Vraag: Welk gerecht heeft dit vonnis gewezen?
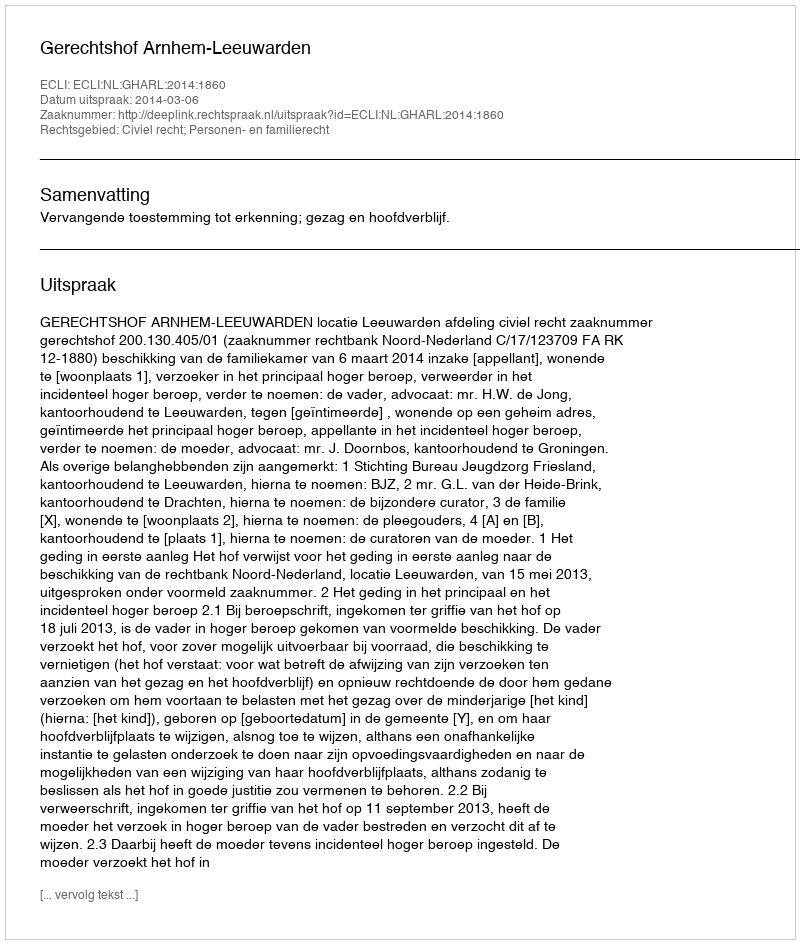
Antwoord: Gerechtshof Arnhem-Leeuwarden